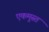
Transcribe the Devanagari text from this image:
एकमुस्त